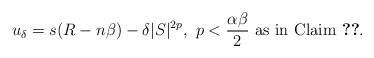
\begin{align*}u_{\delta}=s(R-n\beta)-\delta |S|^{2p},\ p<\frac{\alpha\beta}{2}\ \textrm{as in Claim}\ \ref{clm supremum attained away from D}.\end{align*}